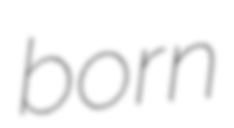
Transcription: born